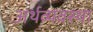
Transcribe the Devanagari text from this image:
अर्थव्यवस्‍था